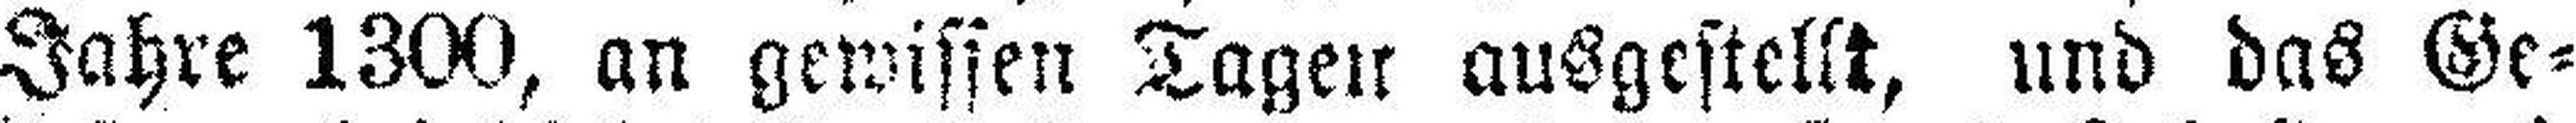
Jahre 1300, an gewissen Tagen ausgestellt, und das Ge¬